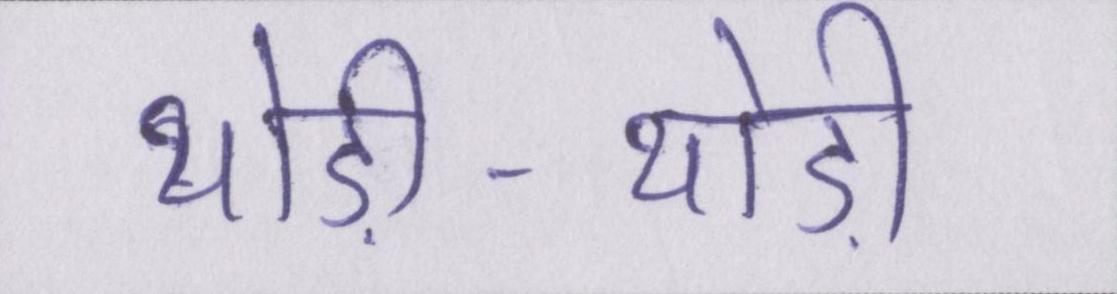
थोड़ी-थोड़ी